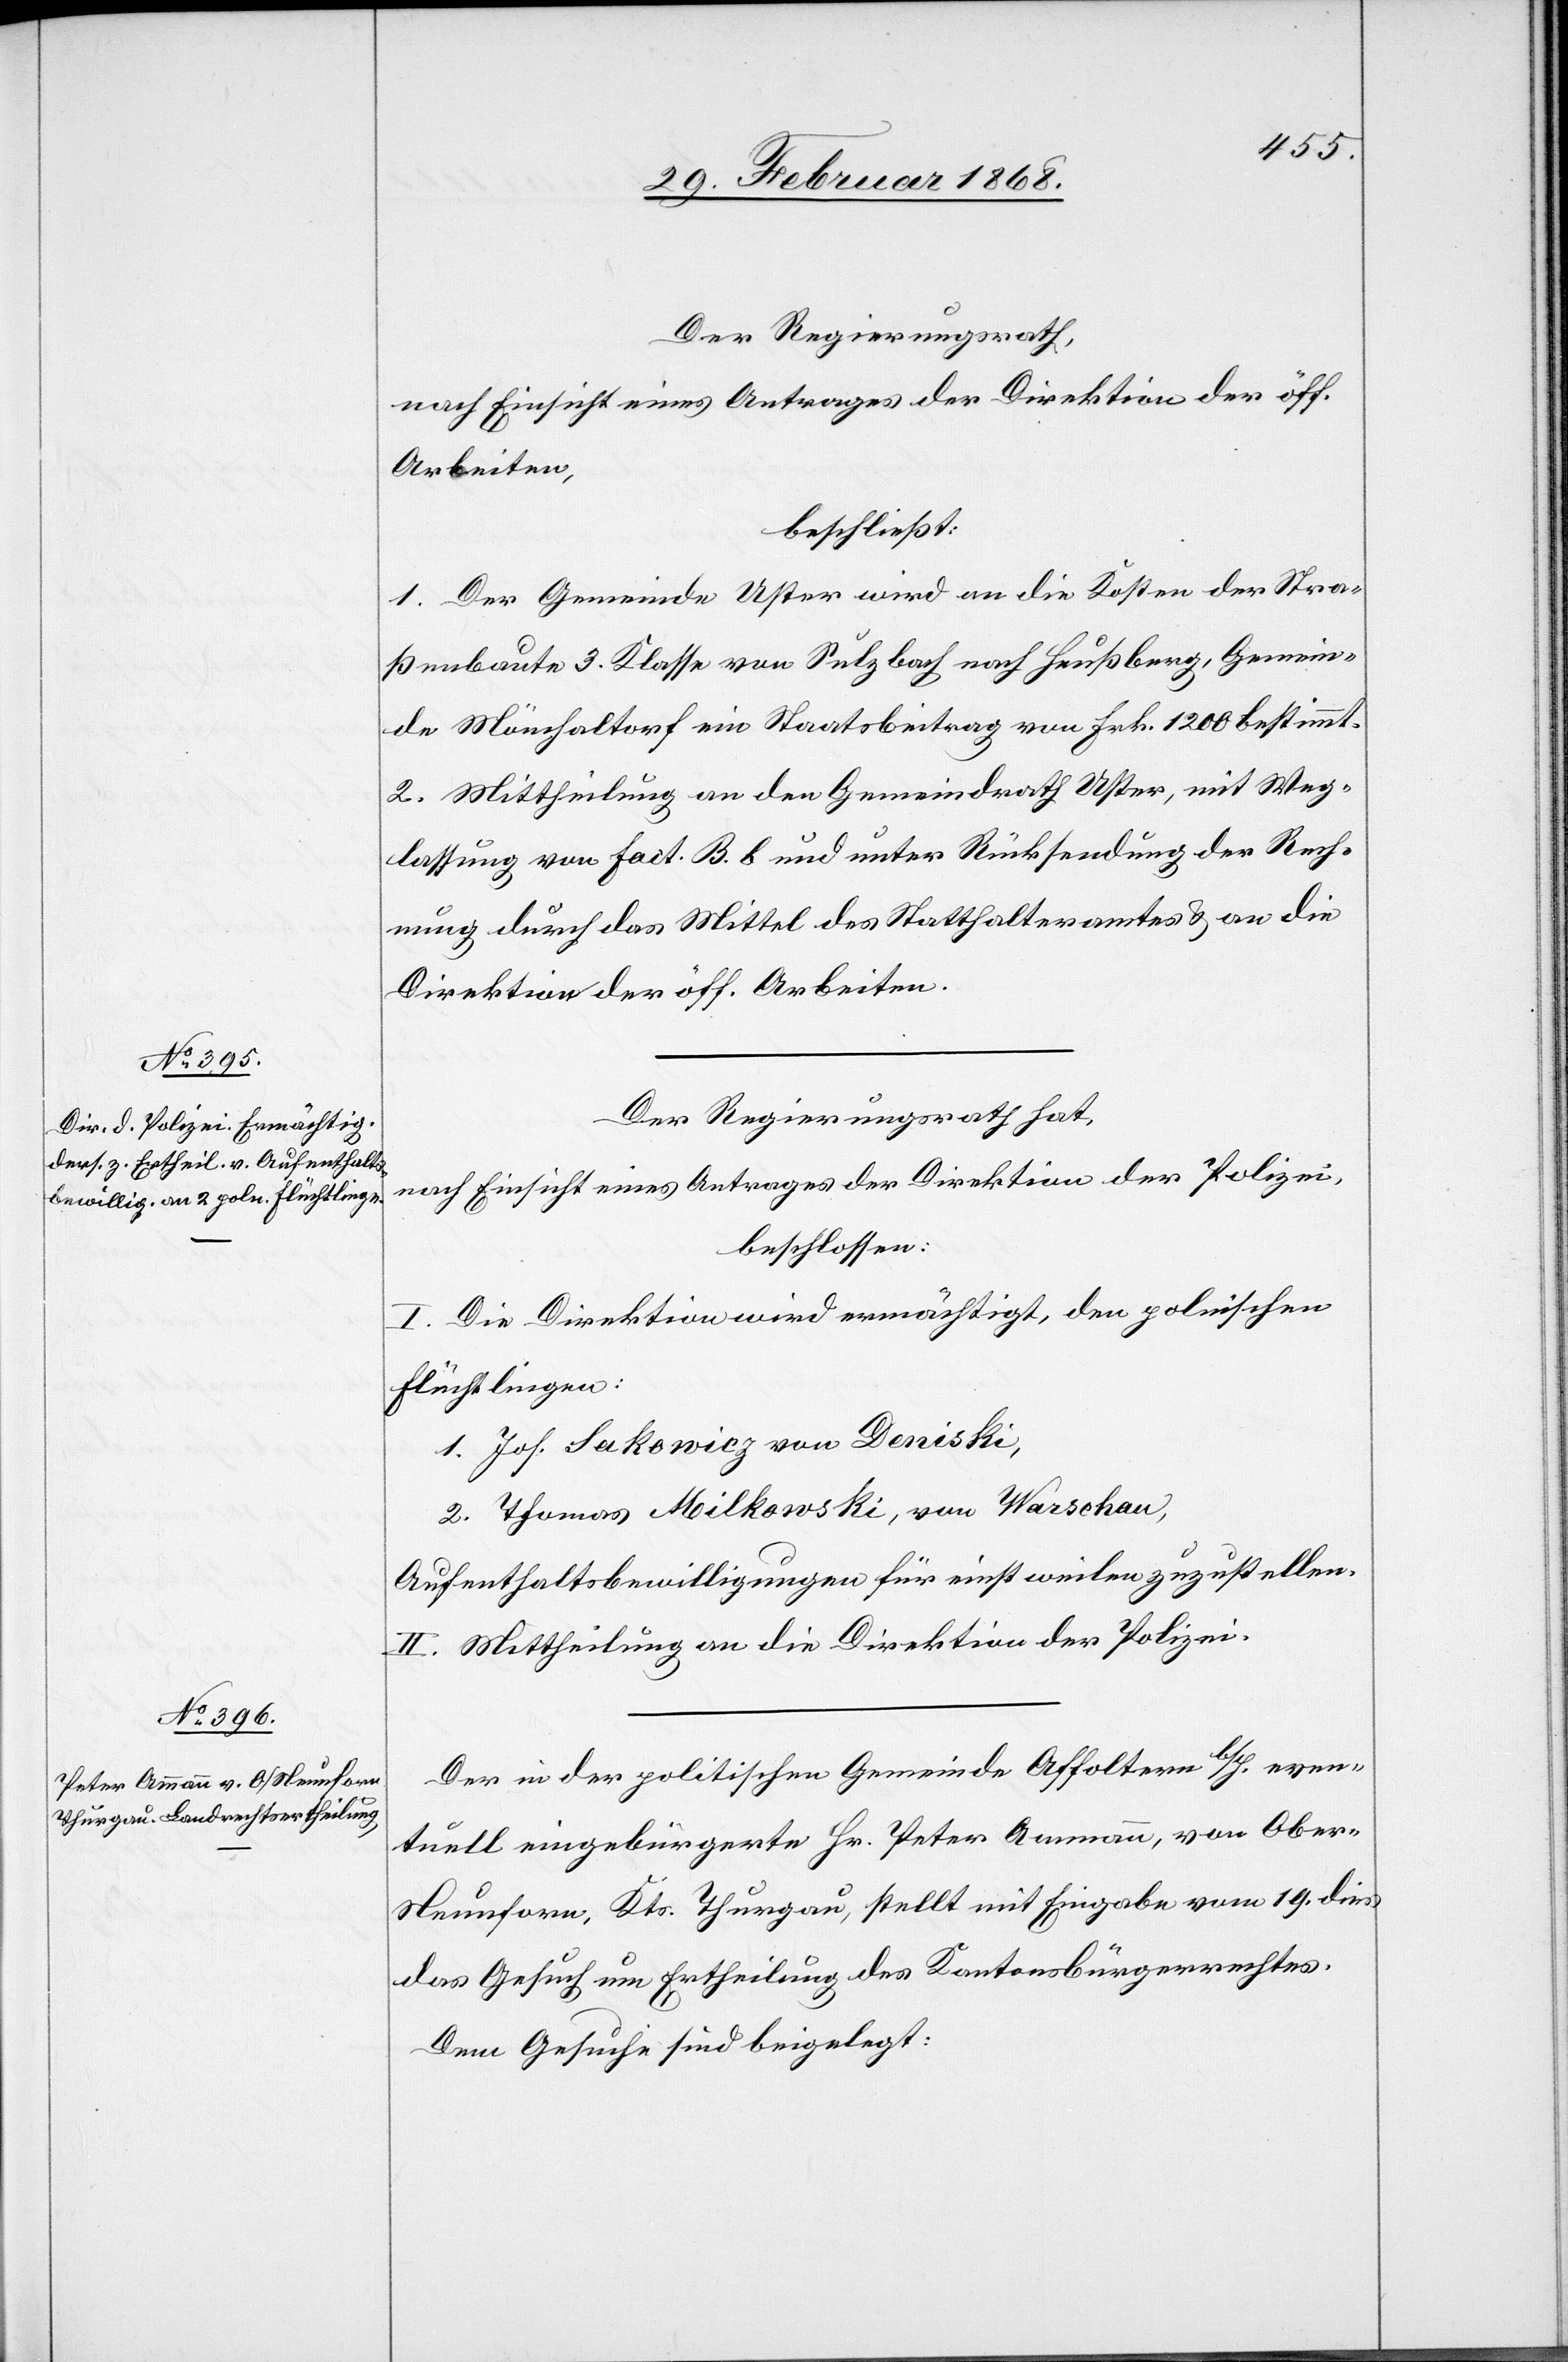
Der Regierungsrath,
nach Einsicht eines Antrages der Direktion der öff.
Arbeiten,
beschließt:
1. Der Gemeinde Uster wird an die Kosten der Stra¬
ßenbaute 3. Klasse von Sulzbach nach Heußberg, Gemein¬
de Mönchaltorf ein Staatsbeitrag von Frk. 1200 bestimmt.
2. Mittheilung an den Gemeindrath Uster, mit Weg¬
lassung von Fact. B. b und unter Rücksendung der Rech¬
nung durch das Mittel des Statthalteramtes & an die
Direktion der öff. Arbeiten.
Der Regierungsrath hat,
nach Einsicht eines Antrages der Direktion der Polizei,
beschlossen:
I. Die Direktion wird ermächtigt, den polnischen
Flüchtlingen:
1. Jos. Sakowicz von Deniski,
2. Thomas Milkowski, von Warschau,
Aufenthaltsbewilligungen für einstweilen zuzustellen.
II. Mittheilung an die Direktion der Polizei.
Der in der politischen Gemeinde Affoltern b/H. even¬
tuell eingebürgerte Hr. Peter Ammann, von Ober-N¬
eunforn, Kts. Thurgau, stellt mit Eingabe vom 19. dies
das Gesuch um Ertheilung des Kantonsbürgerrechtes.
Dem Gesuche sind beigelegt: